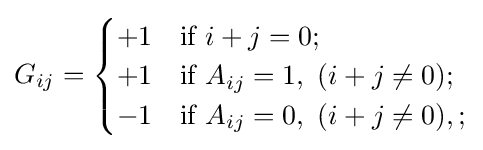
G_{ij}={\begin{cases}+1&{\mbox{if }}i+j=0;\\+1&{\mbox{if }}A_{ij}=1,\ (i+j\neq 0);\\-1&{\mbox{if }}A_{ij}=0,\ (i+j\neq 0),;\end{cases}}